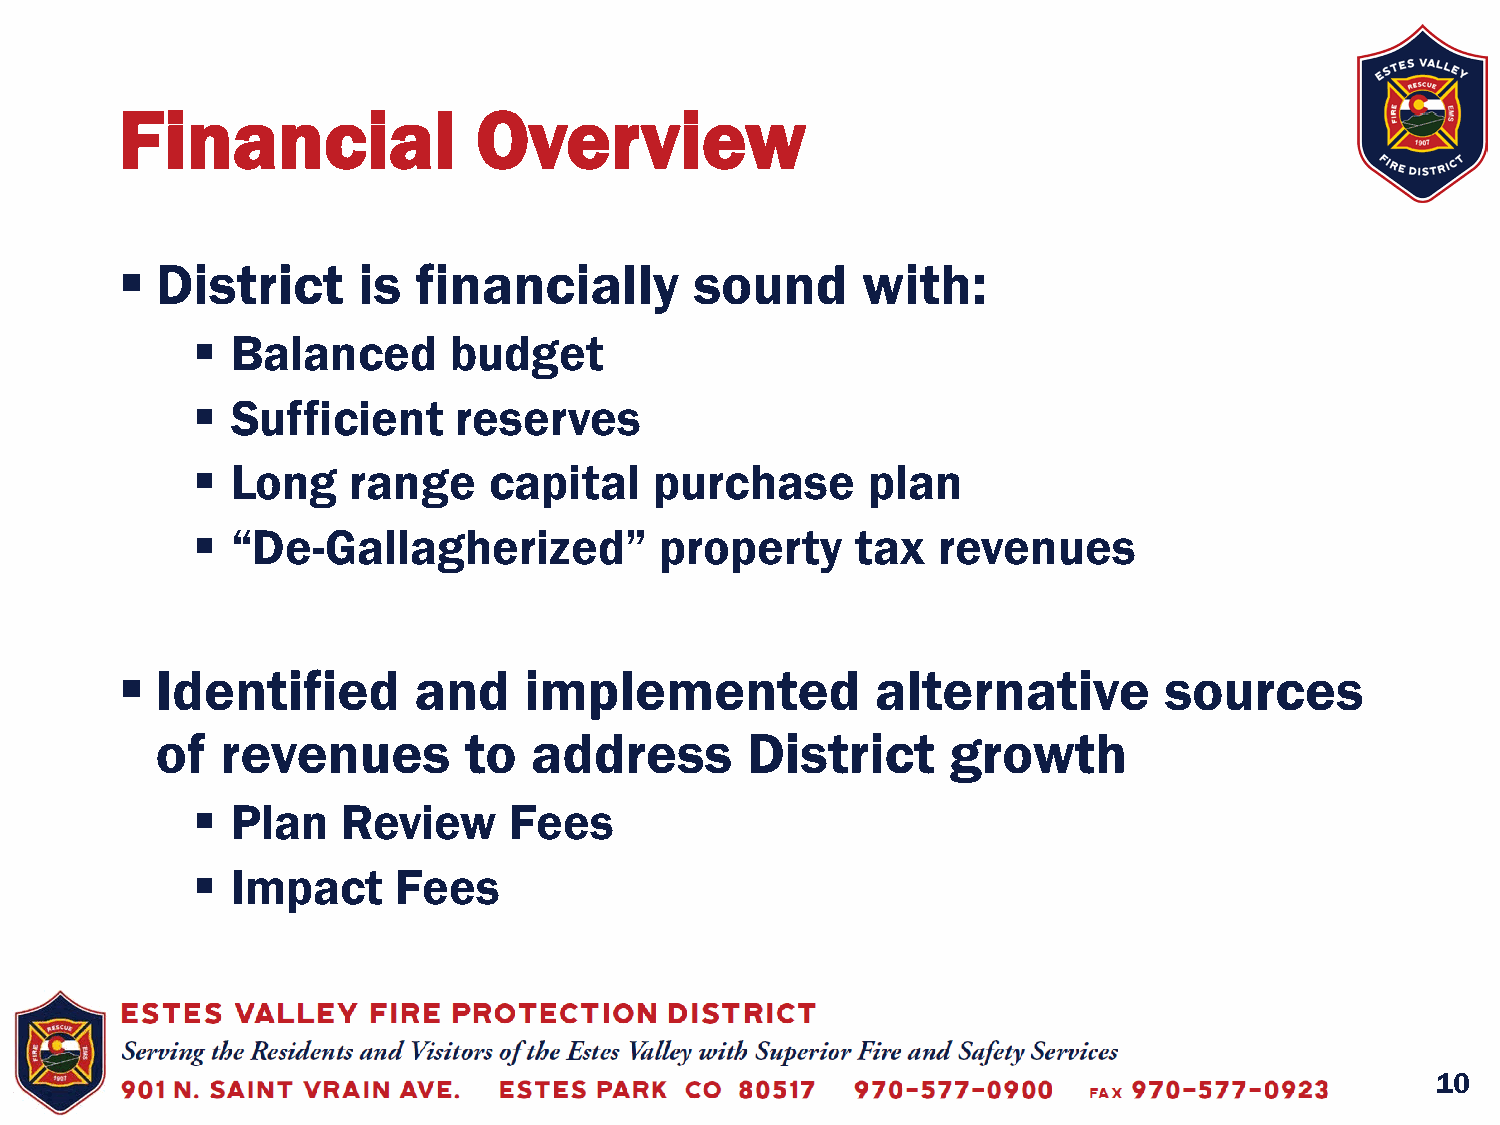
Financial               Overview
  District      is  financially       sound      with:
  Balanced       budget
  Sufficient     reserves
  Long    range    capital    purchase      plan
  “De-Gallagherized”           property     tax  revenues
  Identified       and     implemented            alternative        sources
 of   revenues        to  address       District      growth
  Plan    Review     Fees
  Impact     Fees
 10